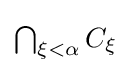
\textstyle \bigcap _{\xi <\alpha }C_{\xi }